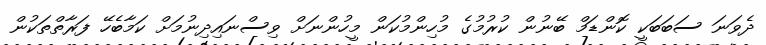
ދެވަނަ ސަބަބަކީ ކޮންޑަމް ބޭނުން ކުރުމުގެ މުހިންމުކަން މީހުންނަށް ވިސްނައިދިނުމަށް ކަމާބެހޭ ފަރާތްތަކުން